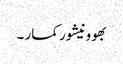
بھوونیشور کمار ۔